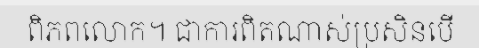
ពិភពលោក។ ជាការពិតណាស់ប្រសិនបើ